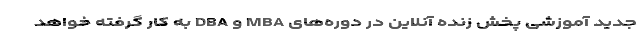
جدید آموزشی پخش زنده آنلاین در دوره‌های MBA و DBA به کار گرفته خواهد